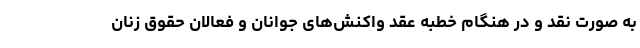
به صورت نقد و در هنگام خطبه عقد واکنش‌های جوانان و فعالان حقوق زنان